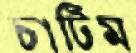
চাটিম